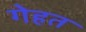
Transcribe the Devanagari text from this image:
गेहत